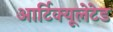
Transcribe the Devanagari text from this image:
आर्टिक्यूलेटेड